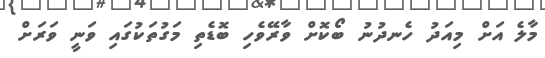
މާލެ އަށް މިއަދު ހެނދުނު ބޯކޮށް ވާރޭވެހި ބޮޑެތި މަގުތަކުގައި ވަނީ ވަރަށް